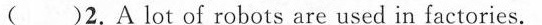
( )2.A lot of robots are used in factories.